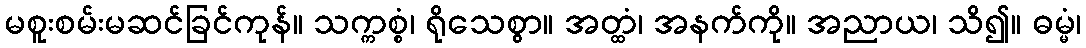
မစူးစမ်းမဆင်ခြင်ကုန်။ သက္ကစ္စံ၊ ရိုသေစွာ။ အတ္ထံ၊ အနက်ကို။ အညာယ၊ သိ၍။ ဓမ္မံ၊